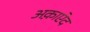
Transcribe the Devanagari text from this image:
अक़ाऐद